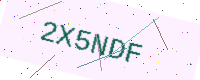
Text: 2X5NDF